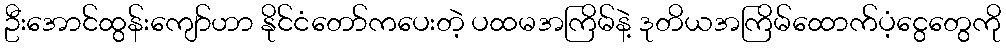
ဦးအောင်ထွန်းကျော်ဟာ နိုင်ငံတော်ကပေးတဲ့ ပထမအကြိမ်နဲ့ ဒုတိယအကြိမ်ထောက်ပံ့ငွေတွေကို